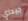
جيداي